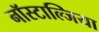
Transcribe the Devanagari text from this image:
नॉस्टाल्जिया